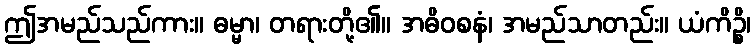
ဤအမည်သည်ကား။ ဓမ္မာ၊ တရားတို့၏။ အဓိဝစနံ၊ အမည်သာတည်း။ ယံကိဉ္စိ၊